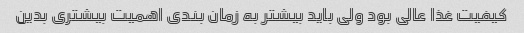
کیفیت غذا عالی بود ولی باید بیشتر به زمان بندی اهمیت بیشتری بدین